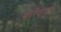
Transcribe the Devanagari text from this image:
बोरियापुरा